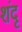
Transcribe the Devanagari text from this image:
शंदृ